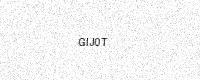
Text: GIJ0T